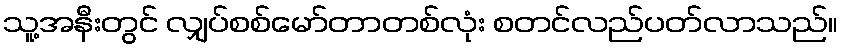
သူ့အနီးတွင် လျှပ်စစ်မော်တာတစ်လုံး စတင်လည်ပတ်လာသည်။